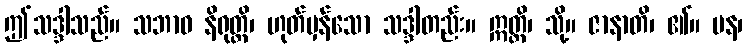
ဤသဒ္ဒါသည်။ သဘာဝ နိရုတ္တိ၊ ဟုတ်မှန်သော သဒ္ဒါတည်း။ ဣတ္တိ၊ သို့။ ဇာနာတိ၊ ၏။ ပန၊